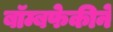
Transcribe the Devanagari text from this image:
बॉम्बफेकीने